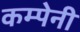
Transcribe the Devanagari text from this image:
कम्पेनी